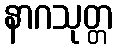
နာဂသုတ္တ